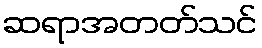
ဆရာအတတ်သင်